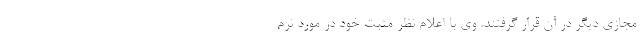
مجازی دیگر در آن قرار گرفتند. وی با اعلام نظر مثبت خود در مورد نرم